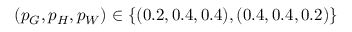
( p _ { G } , p _ { H } , p _ { W } ) \in \{ ( 0 . 2 , 0 . 4 , 0 . 4 ) , ( 0 . 4 , 0 . 4 , 0 . 2 ) \}